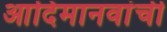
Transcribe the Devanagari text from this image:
आदिमानवांची